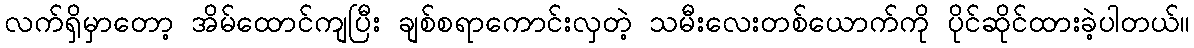
လက်ရှိမှာတော့ အိမ်ထောင်ကျပြီး ချစ်စရာကောင်းလှတဲ့ သမီးလေးတစ်ယောက်ကို ပိုင်ဆိုင်ထားခဲ့ပါတယ်။